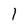
Character: 1